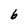
Character: 6